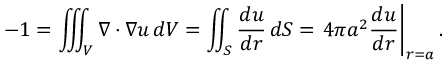
- 1 = \iiint _ { V } \nabla \cdot \nabla u \, d V = \iint _ { S } { \frac { d u } { d r } } \, d S = \left. 4 \pi a ^ { 2 } { \frac { d u } { d r } } \right| _ { r = a } .